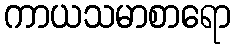
ကာယသမာစာရော